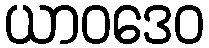
ယာဝဒေဝ